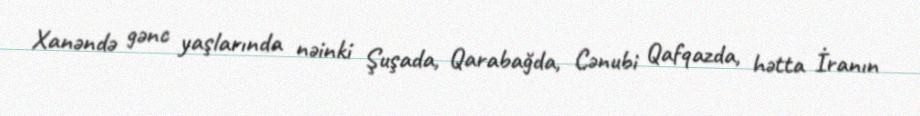
Xanəndə gənc yaşlarında nəinki Şuşada, Qarabağda, Cənubi Qafqazda, hətta İranın